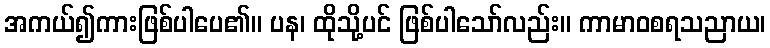
အကယ်၍ကားဖြစ်ပါပေ၏။ ပန၊ ထိုသို့ပင် ဖြစ်ပါသော်လည်း။ ကာမာဝစရသညာယ၊